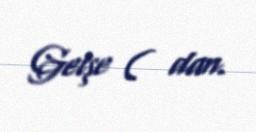
Getşe ( dan.